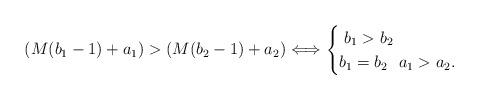
LaTeX: \begin{align*}(M(b_1 - 1) + a_1) > (M(b_2 - 1) + a_2) \Longleftrightarrow \begin{cases} \ b_1 > b_2 \ \\ b_1 = b_2 \ \ a_1 > a_2.\end{cases}\end{align*}